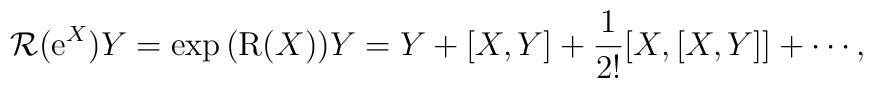
\mbox{$\cal{R}$}(\mbox{e}^X)Y=\exp{(\mbox{R}(X))}Y=  Y+[X,Y]+\frac{1}{2!}[X,[X,Y]]+\cdots ,